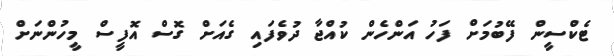
ޓެކްސީން ފޭބުމަށް ފަހު އަންހެން ކުއްޖާ ދުވެފައި ގެއަށް ގޮސް އޮފީސް މީހުންނަށް